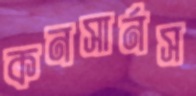
কনসার্নস